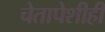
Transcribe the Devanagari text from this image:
चेतापेशीही